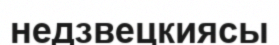
недзвецкиясы